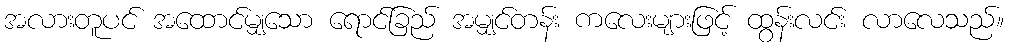
အလားတူပင် အထောင်မျှသော ရောင်ခြည် အမျှင်တန်း ကလေးများဖြင့် ထွန်းလင်း လာလေသည်။